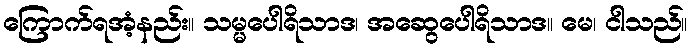
ကြောက်ရအံ့နည်း။ သမ္မပေါရိသာဒ၊ အဆွေပေါရိသာဒ။ မေ၊ ငါသည်။